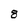
Character: 8